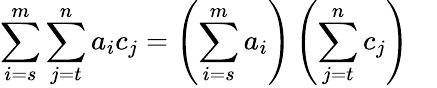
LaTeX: \sum_{i=s}^{m}\sum_{j=t}^{n}{a_{i}}{c_{j}}=\left(\sum_{i=s}^{m}a_{i}\right)\left(\sum_{j=t}^{n}c_{j}\right)\quad